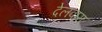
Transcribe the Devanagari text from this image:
देलवारा